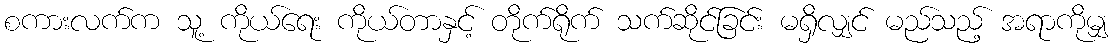
စကားလက်က သူ့ ကိုယ်ရေး ကိုယ်တာနှင့် တိုက်ရိုက် သက်ဆိုင်ခြင်း မရှိလျှင် မည်သည့် အရာကိုမျှ